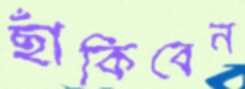
ছাঁকিবেন